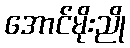
အောင်မိုးညို